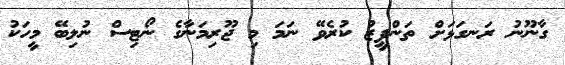
ގާނޫނު ރަނގަޅަށް ތަންފީޒު ކުރެވޭ ނަމަ މި ޖޫރިމަނާގެ ނޯޓިސް ނުލިބޭ މީހަކު